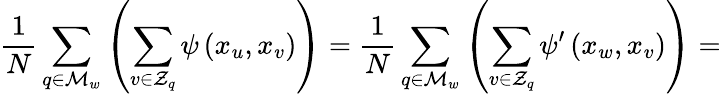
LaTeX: \frac{1}{N}\sum_{q\in\mathcal{M}_{w}}\left(\sum_{v\in\mathcal{Z}_{q}}\psi\left(x_{u},x_{v}\right)\right)=\frac{1}{N}\sum_{q\in\mathcal{M}_{w}}\left(\sum_{v\in\mathcal{Z}_{q}}\psi^{\prime}\left(x_{w},x_{v}\right)\right)=